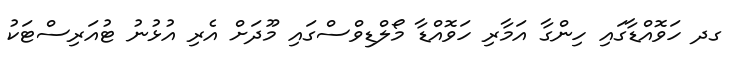
ގދ ހަވޮއްޑާގައި ހިންގާ އަމާރި ހަވޮއްޑާ މޯލްޑިވްސްގައި މޫދަށް އެރި އުޅުނު ޓުއަރިސްޓަކު